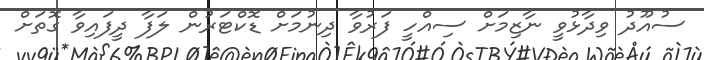
ސުއޫދު ވިދާޅުވީ ނާޒިމަށް ސިއްހީ ފަރުވާ ދިނުމަށް ޑޮކްޓަރުން ލަފާ ދީފައިވާ ގޮތަށް